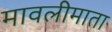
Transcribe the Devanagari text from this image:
मावलीमाता